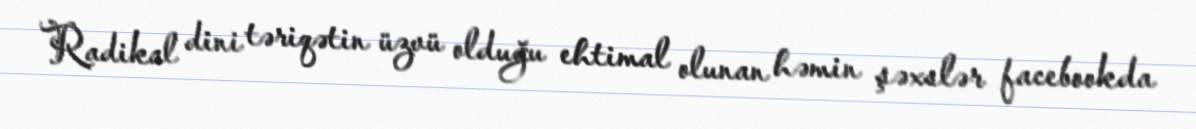
Radikal dini təriqətin üzvü olduğu ehtimal olunan həmin şəxslər facebookda